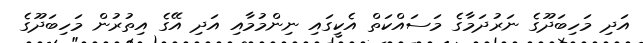
އަދި މަހިބަދޫގެ ނަރުދަމާގެ މަސައްކަތް އެކީގައި ނިންމުމާއި އަދި އޭގެ އިތުރުން މަހިބަދޫގެ